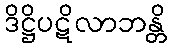
ဒိဋ္ဌိပဋိလာဘန္တိ